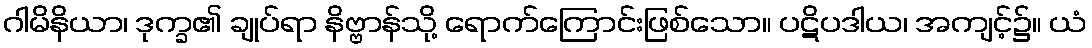
ဂါမိနိယာ၊ ဒုက္ခ၏ ချုပ်ရာ နိဗ္ဗာန်သို့ ရောက်ကြောင်းဖြစ်သော။ ပဋိပဒါယ၊ အကျင့်၌။ ယံ